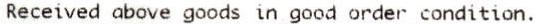
RECEIVED ABOVE GOODS IN GOOD ORDER CONDITION.